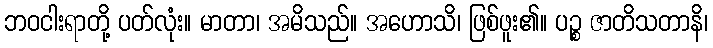
ဘဝငါးရာတို့ ပတ်လုံး။ မာတာ၊ အမိသည်။ အဟောသိ၊ ဖြစ်ဖူး၏။ ပဉ္စ ဇာတိသတာနိ၊